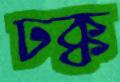
ঢক্ক